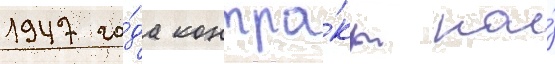
1947 го́да контра́кт на́